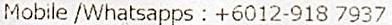
MOBILE /WHATSAPPS : +6012-918 7937